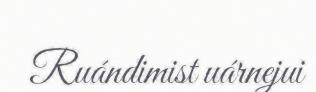
Ruándimist uárnejui